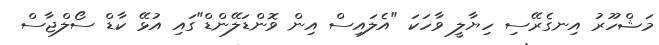
މަޝްހޫރު އިނގެރޭސި ހިޔާލީ ވާހަކަ "އެލައިސް އިން ވޮންޑަލޭންޑް"ގައި އުޅޭ ކާޑް ސޯލްޖާސް